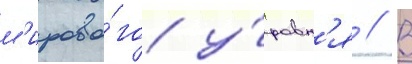
м'ирово́го у́ровн'я // В